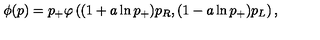
\phi ( p ) = p _ { + } \varphi \left( ( 1 + a \ln p _ { + } ) p _ { R } , ( 1 - a \ln p _ { + } ) p _ { L } \right) ,